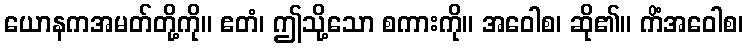
ယောနကအမတ်တို့ကို။ ဧတံ၊ ဤသို့သော စကားကို။ အဝေါစ၊ ဆို၏။ ကိံအဝေါစ၊